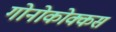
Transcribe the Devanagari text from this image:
गोनोकोक्कस